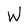
Character: W